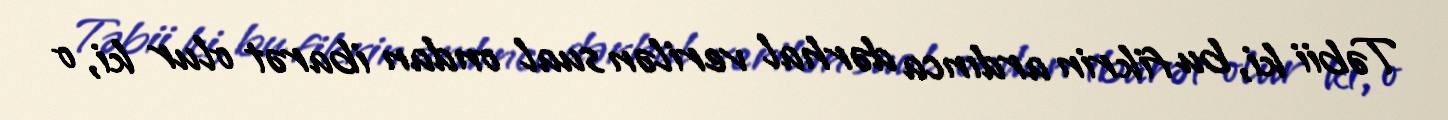
Təbii ki, bu fikrin ardınca dərhal verilən sual ondan ibarət olur ki, o